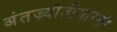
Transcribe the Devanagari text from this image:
अंतज्र्योतीसारखी